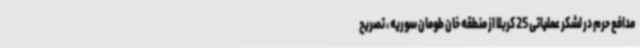
مدافع حرم در لشکر عملیاتی 25 کربلا از منطقه خان طومان سوریه ، تصریح